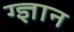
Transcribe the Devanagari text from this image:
ग्ज्ञान